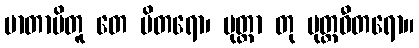
မာတာပိတူ တေ ပိတရော၊ ပုတ္တာ တု ပုတ္တဓီတရော။